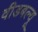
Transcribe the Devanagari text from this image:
वीडबल्यू